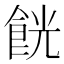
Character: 𱃧